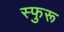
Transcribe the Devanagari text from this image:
स्फुरू